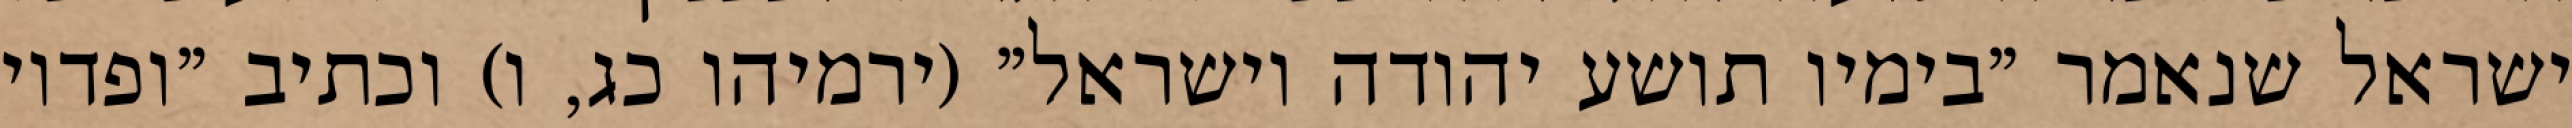
ישראל שנאמר "בימיו תושע יהודה וישראל" (ירמיהו כג, ו) וכתיב "ופדוי